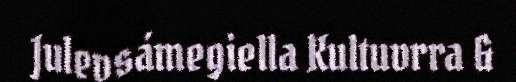
Julevsámegiella Kultuvrra &